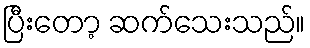
ပြီးတော့ ဆက်သေးသည်။